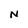
Character: N